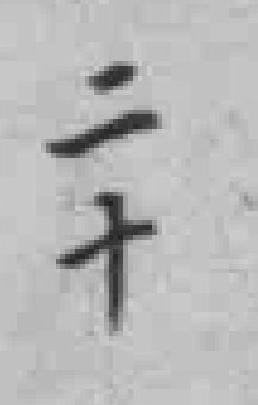
二十